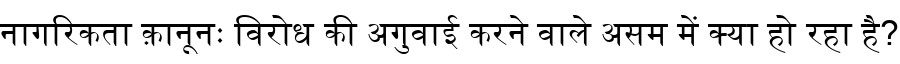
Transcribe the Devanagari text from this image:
नागरिकता क़ानूनः विरोध की अगुवाई करने वाले असम में क्या हो रहा है?